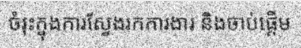
ចំរុះក្នុងការស្វែងរកការងារ និងចាប់ផ្តើម